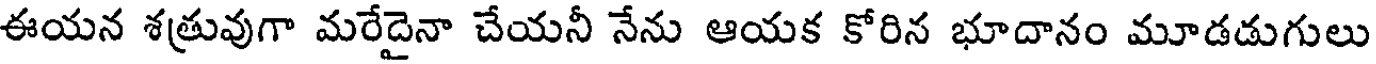
ఈయన శత్రువుగా మరేదైనా చేయనీ నేను ఆయక కోరిన భూదానం మూడడుగులు